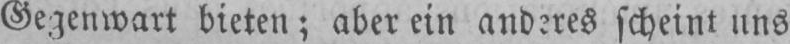
Gegenwart bieten; aber ein anderes scheint uns